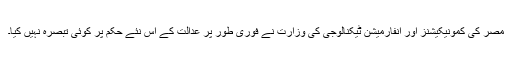
مصر کی کمونیکیشنز اور انفارمیشن ٹیکنالوجی کی وزارت نے فوری طور پر عدالت کے اس نئے حکم پر کوئی تبصرہ نہیں کیا۔